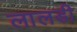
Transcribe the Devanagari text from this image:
लालडी